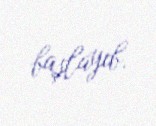
başlayıb.